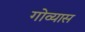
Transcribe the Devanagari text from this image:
गोव्यास